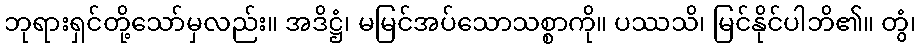
ဘုရားရှင်တို့သော်မှလည်း။ အဒိဋ္ဌံ၊ မမြင်အပ်သောသစ္စာကို။ ပဿသိ၊ မြင်နိုင်ပါဘိ၏။ တွံ၊